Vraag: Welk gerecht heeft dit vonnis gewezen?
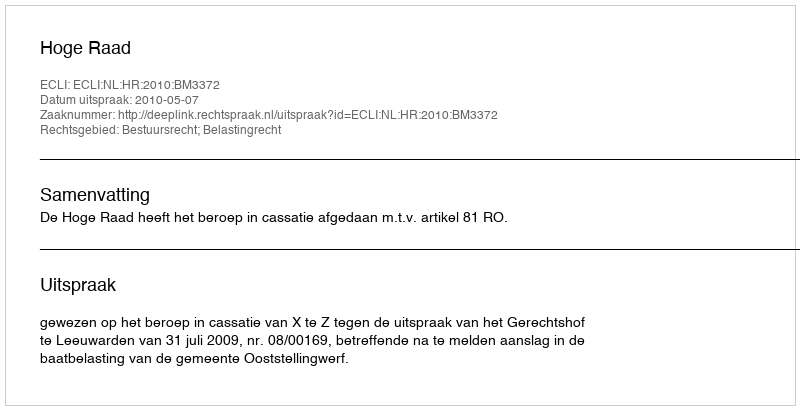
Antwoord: Hoge Raad